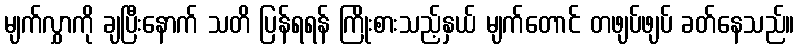
မျက်လွှာကို ချပြီးနောက် သတိ ပြန်ရရန် ကြိုးစားသည့်နှယ် မျက်တောင် တဖျပ်ဖျပ် ခတ်နေသည်။